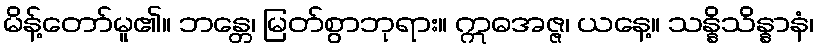
မိန့်တော်မူ၏။ ဘန္တေ၊ မြတ်စွာဘုရား။ ဣဓအဇ္ဇ၊ ယနေ့။ သန္နိသိန္နာနံ၊